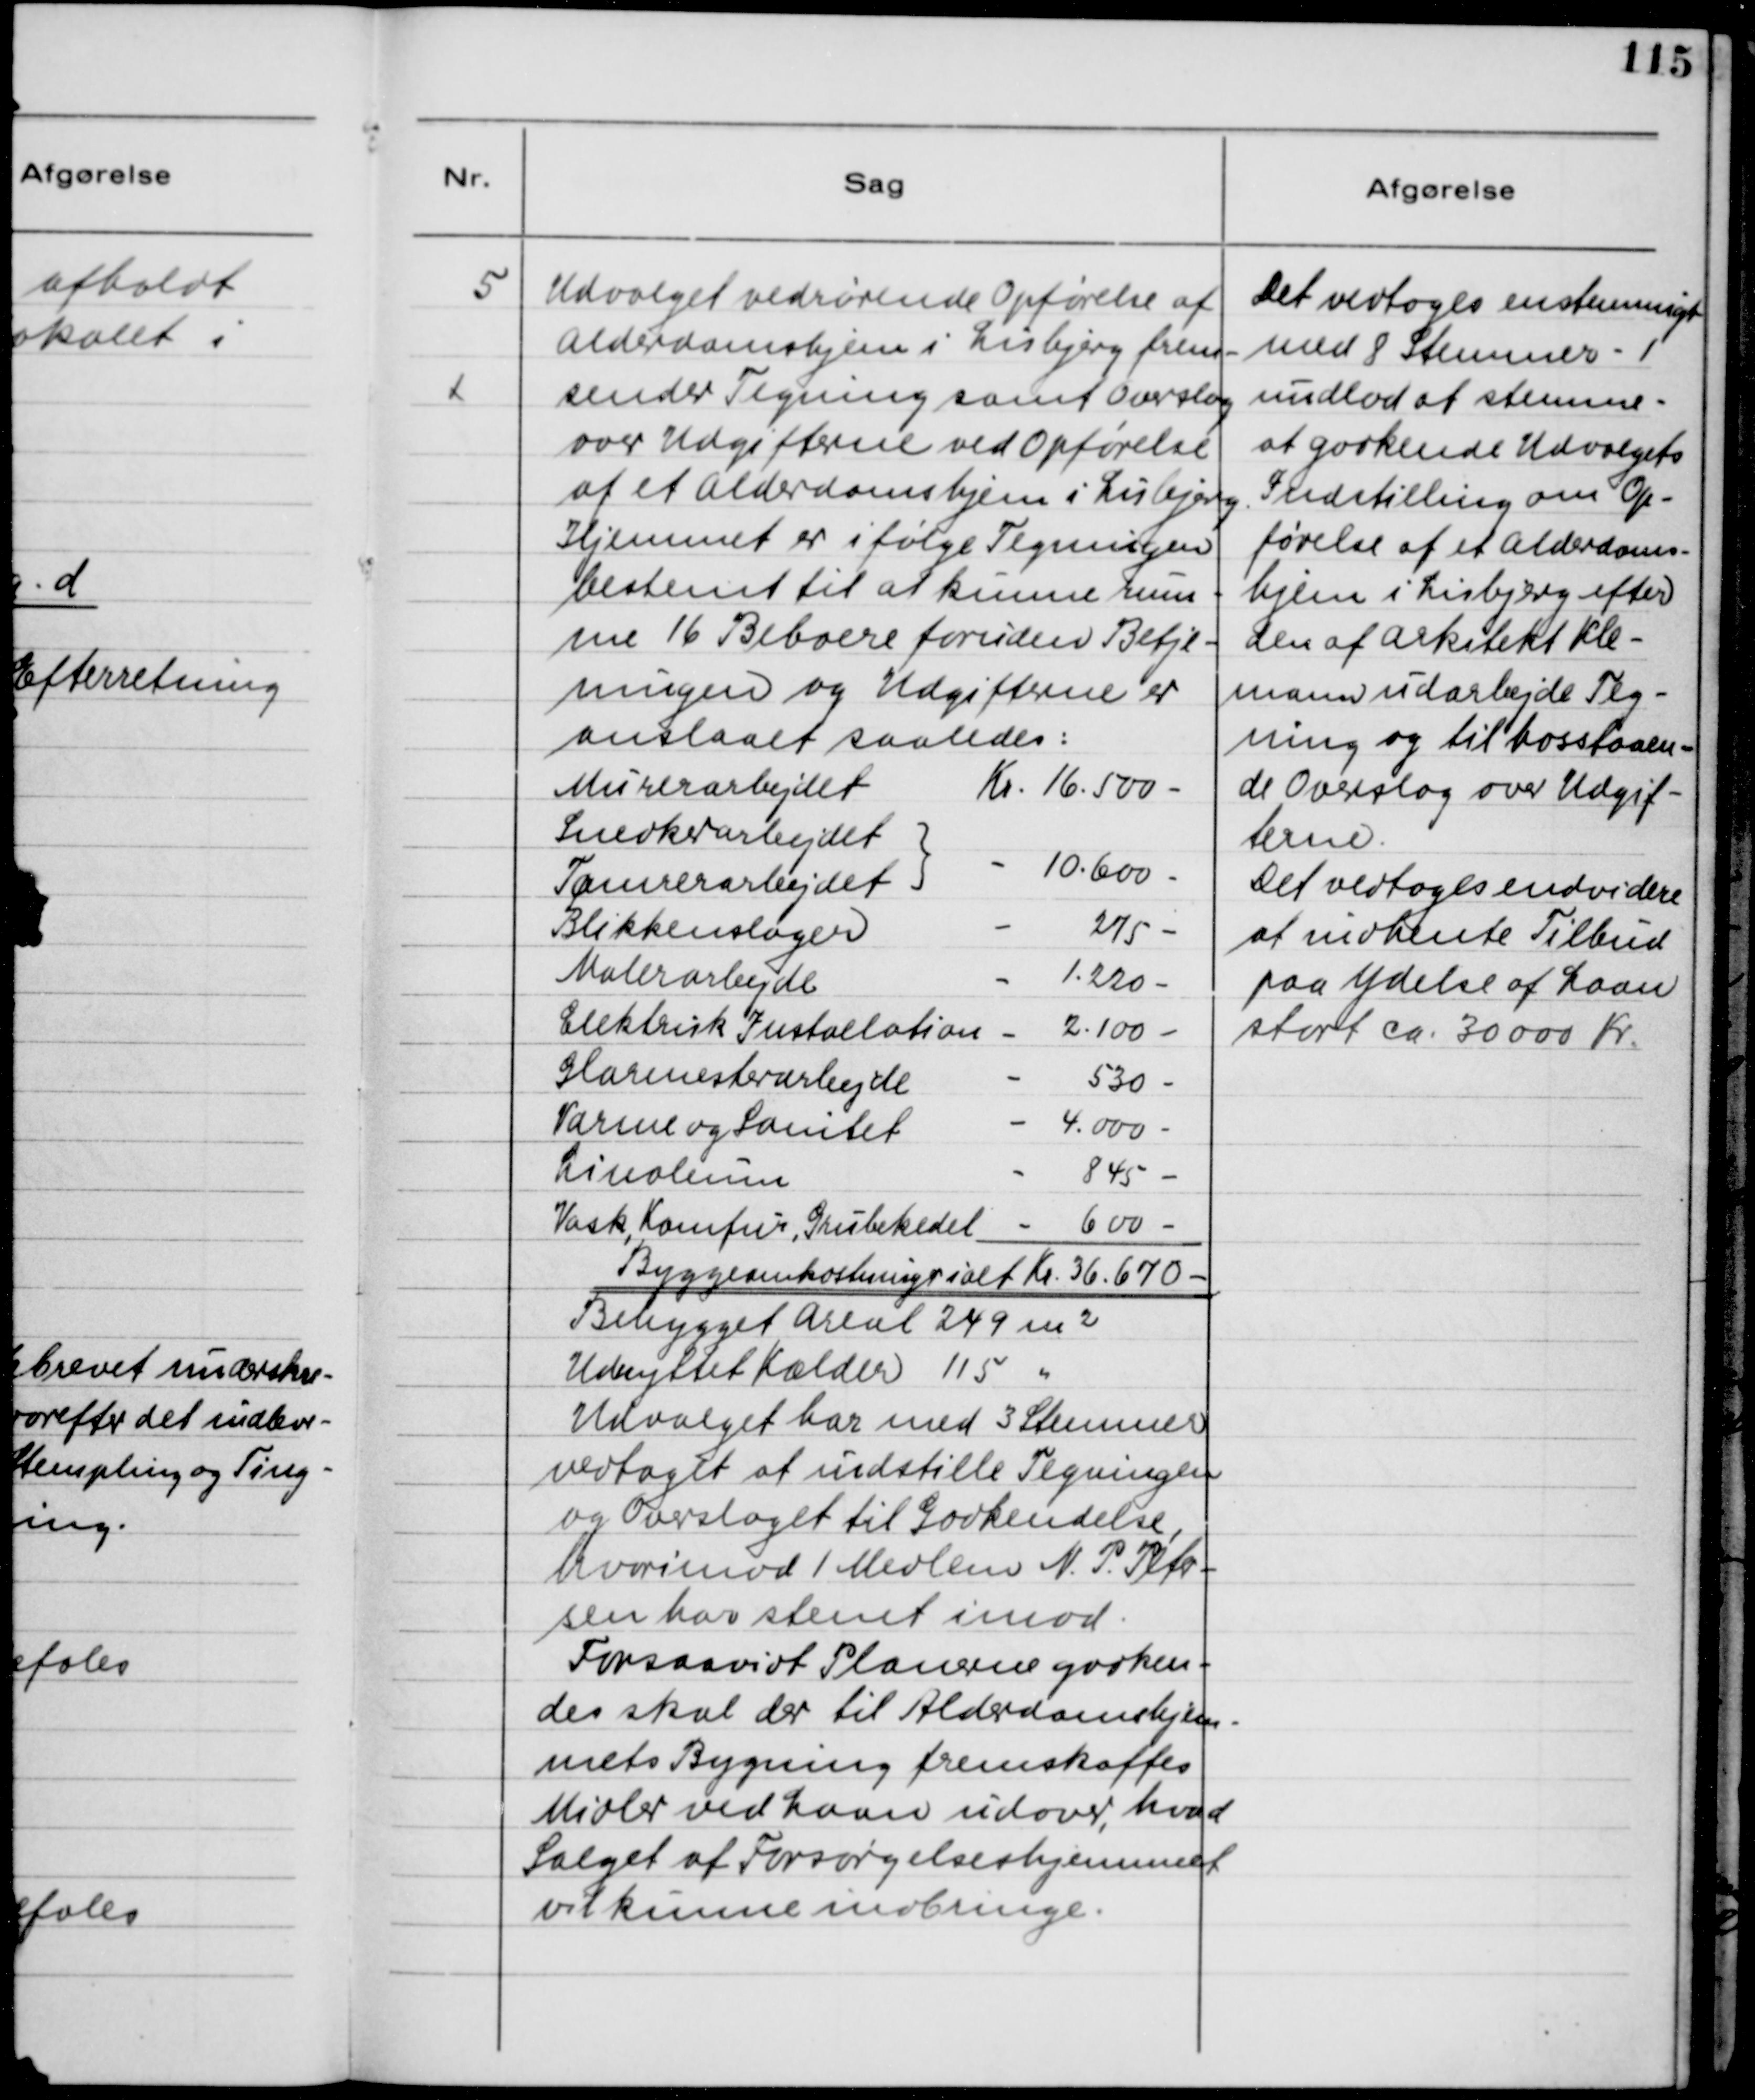
Transskription:
5
Udvalget vedrørende Opførelse af
Alderdomshjem i Lisbjerg frem-
sender Tegning samt Overslag
over Udgifterne ved Opførelse
af et Alderdomshjem i Lisbjerg.
Hjemmet er ifølge Tegningen
bestemt til at kunne rum-
me 16 Beboere foruden Betje-
ningen og Udgifterne er
anslaaet saaledes:
Murerarbejdet
Kr. 16.500 -
Snedkerarbejdet
Tømrerarbejdet
10.600 -
Blikkenslager
275 -
Malerarbejde
1.220 -
Elektrisk Installation
2.100 -
Glarmesterarbejde
530 -
Varme og Sanitet
4.000 -
Linoleum
845 -
Vask, Komfur, Grubekedel
600 -
Byggeomkostninger ialt Kr. 36.670 -
Bebygget Areal 249 m2
Udnyttet Kælder 115 "
Udvalget har med 3 Stemmer
vedtaget at indstille Tegningen
og Overslaget til Godkendelse,
hvorimod 1 Medlem N.P. Peter-
sen har stemt imod.
Forsaavidt Planerne godken-
des skal der til Alderdomshjem-
mets Bygning frremskaffes
Midler ved Laan udover, hvad
Salget af Forsørgelseshjemmet
vil kunne indbringe.
Det vedtoges enstemmigt
med 8 Stemmer - 1
undlod at stemme -
at godkende Udvalgets
Indstilling om Op-
førelse af et Alderdoms-
hjem i Lisbjerg efter
den af Arkitekt Kle-
mann udarbejde Teg-
ning og til hosstaaen-
de Overslag over Udgif-
terne.
Det vedtoges endvidere
at indhente Tilbud
paa Ydelse af Laan
stort ca. 30.000 Kr